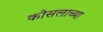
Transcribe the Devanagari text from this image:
कोसलाच्या